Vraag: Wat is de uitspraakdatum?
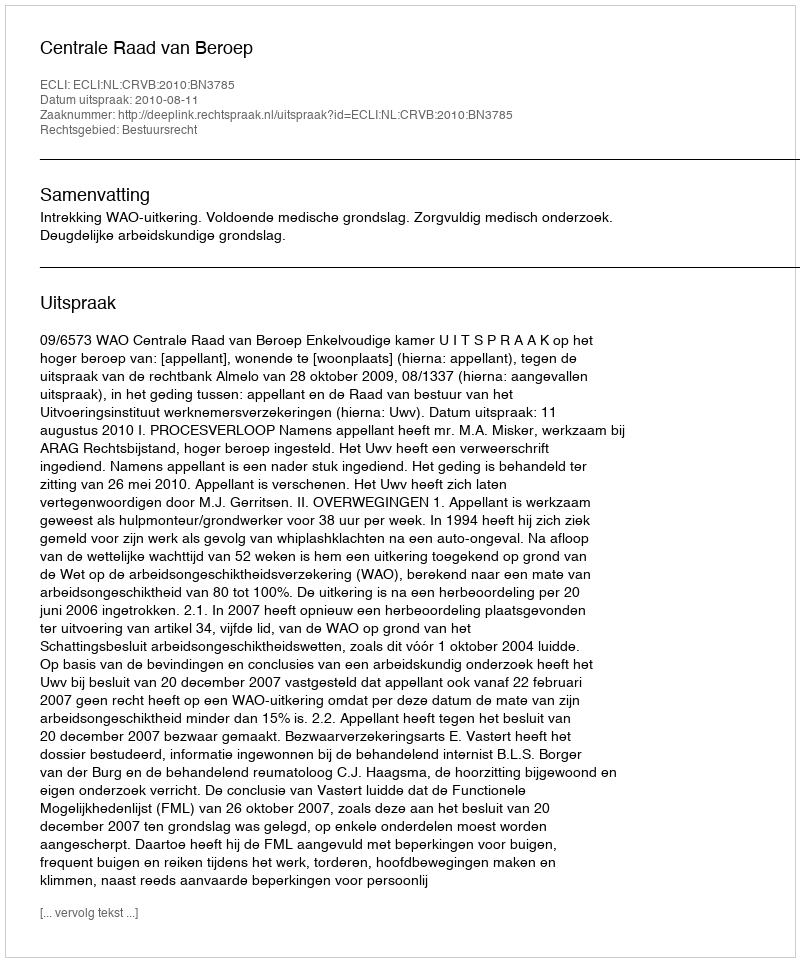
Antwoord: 2010-08-11